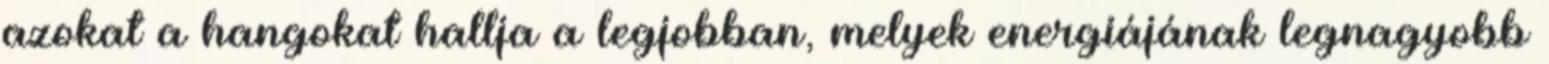
azokat a hangokat hallja a legjobban, melyek energiájának legnagyobb